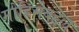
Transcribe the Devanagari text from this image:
मोहिमेबद्दल